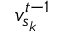
v _ { s _ { k } } ^ { t - 1 }